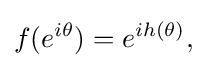
\displaystyle {f(e^{i\theta })=e^{ih(\theta )},}